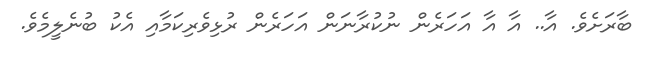
ބާރަށެވެ. އާ.. އާ އާ އަހަރެން ނުކުރާނަން އަހަރެން ރުޅިވެރިކަމާއި އެކު ބުނެލީމެވެ.